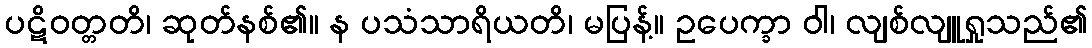
ပဋိဝတ္တတိ၊ ဆုတ်နစ်၏။ န ပသံသာရိယတိ၊ မပြန့်။ ဥပေက္ခာ ဝါ၊ လျစ်လျူရှုသည်၏